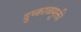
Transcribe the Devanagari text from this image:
दुष्काळमुक्ती